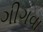
ગીગવા